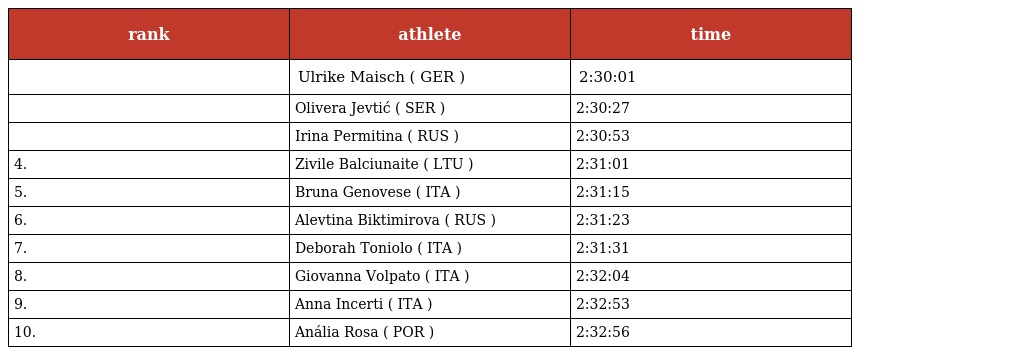
| rank | athlete | time |
 | --- | --- | --- |
 |  | Ulrike Maisch ( GER ) | 2:30:01 |
 |  | Olivera Jevtić ( SER ) | 2:30:27 |
 |  | Irina Permitina ( RUS ) | 2:30:53 |
 | 4. | Zivile Balciunaite ( LTU ) | 2:31:01 |
 | 5. | Bruna Genovese ( ITA ) | 2:31:15 |
 | 6. | Alevtina Biktimirova ( RUS ) | 2:31:23 |
 | 7. | Deborah Toniolo ( ITA ) | 2:31:31 |
 | 8. | Giovanna Volpato ( ITA ) | 2:32:04 |
 | 9. | Anna Incerti ( ITA ) | 2:32:53 |
 | 10. | Anália Rosa ( POR ) | 2:32:56 |